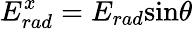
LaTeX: E_{rad}^{x}=E_{rad}\mathrm{sin}\theta